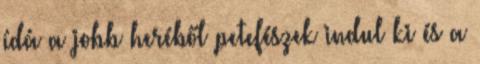
ídá a jobb heréből petefészek indul ki és a